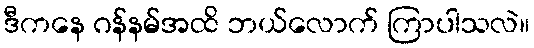
ဒီကနေ ဂန်နမ်အထိ ဘယ်လောက် ကြာပါသလဲ။